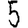
Digit: 5